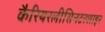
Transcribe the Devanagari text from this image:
कैरियरलीसिनटरशाइर